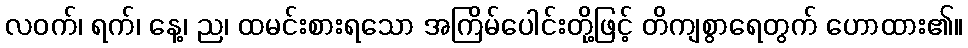
လဝက်၊ ရက်၊ နေ့၊ ည၊ ထမင်းစားရသော အကြိမ်ပေါင်းတို့ဖြင့် တိကျစွာရေတွက် ဟောထား၏။